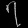
Digit: ၇